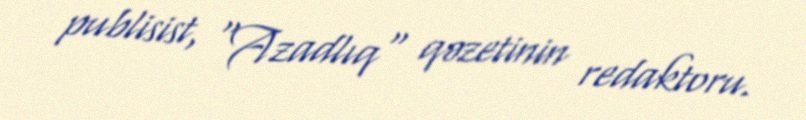
publisist, "Azadlıq" qəzetinin redaktoru.